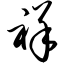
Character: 祥